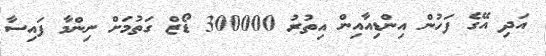
އަދި އޭގެ ފަހުން އިންޑިއާއިން އިތުުރު 300000 ޑޯޒް ގަތުމަށް ނިންމާ ފައިސާ